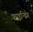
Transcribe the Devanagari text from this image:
फाइन्डिंग